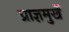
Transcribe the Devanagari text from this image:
प्राज्ञमुखें